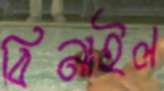
বিনাইল